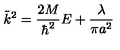
\tilde { k } ^ { 2 } = \frac { 2 M } { \hbar ^ { 2 } } E + \frac { \lambda } { \pi a ^ { 2 } }